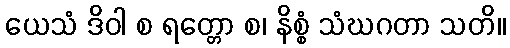
ယေသံ ဒိဝါ စ ရတ္တော စ၊ နိစ္စံ သံဃဂတာ သတိ။